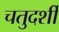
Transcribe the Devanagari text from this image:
चतुदर्शी